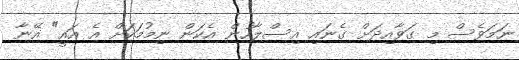
ނަމަވެސް މި ގަވާއިދަށް ގެނައި އިސްލާހުން އެކަން ނިމުމަކަށް އެ އައީ" އޭނާ